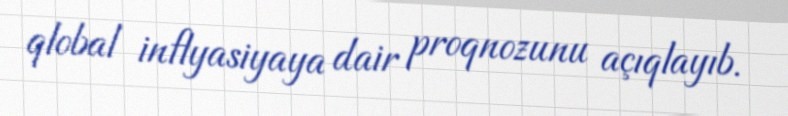
qlobal inflyasiyaya dair proqnozunu açıqlayıb.